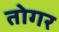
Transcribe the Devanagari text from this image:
तोगर